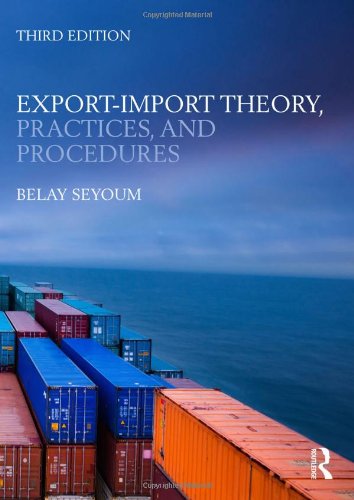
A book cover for Export-Import Theory, Practices, and Procedures; Belay Seyoum; Business & Money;